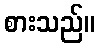
စားသည်။